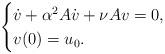
LaTeX: \begin{align*}\begin{cases}\dot{v}+\alpha^2A\dot{v} +\nu Av=0,\\v(0)=u_0.\end{cases}\end{align*}